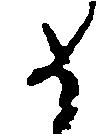
如